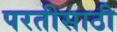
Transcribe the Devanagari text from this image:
परतीसाठी